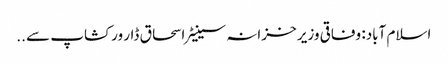
اسلام آباد: وفاقی وزیر خزانہ سینیٹر اسحاق ڈار ورکشاپ سے ..